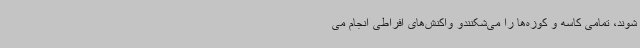
شوند، تمامی کاسه و کوزه‌ها را می‌شکنندو واکنش‌های افراطی انجام می